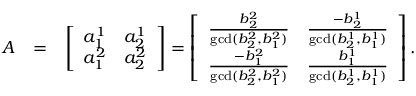
\begin{array} { r l r } { A } & { = } & { \left[ \begin{array} { c c } { a _ { 1 } ^ { 1 } } & { a _ { 2 } ^ { 1 } } \\ { a _ { 1 } ^ { 2 } } & { a _ { 2 } ^ { 2 } } \end{array} \right] = \left[ \begin{array} { c c } { \frac { b _ { 2 } ^ { 2 } } { \operatorname* { g c d } ( b _ { 2 } ^ { 2 } , b _ { 1 } ^ { 2 } ) } } & { \frac { - b _ { 2 } ^ { 1 } } { \operatorname* { g c d } ( b _ { 2 } ^ { 1 } , b _ { 1 } ^ { 1 } ) } } \\ { \frac { - b _ { 1 } ^ { 2 } } { \operatorname* { g c d } ( b _ { 2 } ^ { 2 } , b _ { 1 } ^ { 2 } ) } } & { \frac { b _ { 1 } ^ { 1 } } { \operatorname* { g c d } ( b _ { 2 } ^ { 1 } , b _ { 1 } ^ { 1 } ) } } \end{array} \right] . } \end{array}